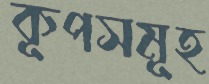
কূপসমূহ